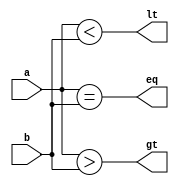
module comparator_4bit(
    input [3:0] a,
    input [3:0] b,
    output eq,
    output gt,
    output lt
);

assign eq = (a == b);
assign gt = (a > b);
assign lt = (a < b);

endmodule